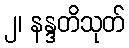
၂၊ နန္ဒတိသုတ်